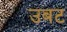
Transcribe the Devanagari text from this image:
उबट